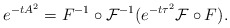
\begin{align*}e^{-tA^{2}}= F^{-1}\circ\mathcal{F}^{-1}(e^{-t\tau^{2}}\mathcal{F}\circ F).\end{align*}